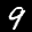
Label: 9